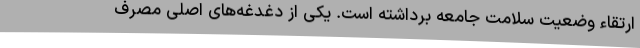
ارتقاء وضعیت سلامت جامعه برداشته است. یکی از دغدغه‌های اصلی مصرف